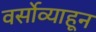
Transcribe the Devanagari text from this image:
वर्सोव्याहून